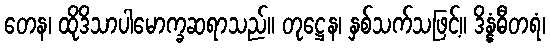
တေန၊ ထိုဒိသာပါမောက္ခဆရာသည်။ တုဋ္ဌေန၊ နှစ်သက်သဖြင့်။ ဒိန္နံဓီတရံ၊